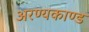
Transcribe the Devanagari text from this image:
अरण्‍यकाण्‍ड